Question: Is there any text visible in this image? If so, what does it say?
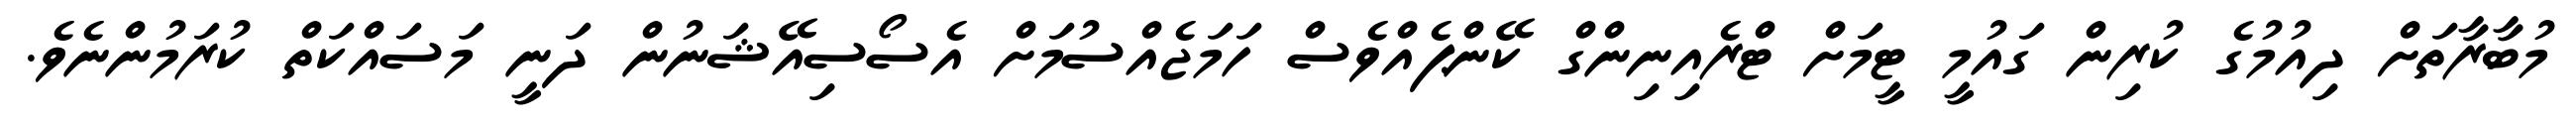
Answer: މުބާރާތަށް ދިއުމުގެ ކުރިން ގައުމީ ޓީމަށް ޓްރެއިނިންގް ކޭންޕެއްވެސް ހަމަޖެއްސުމަށް އެސޯސިއޭޝަނުން ދަނީ މަސައްކަތް ކުރަމުންނެވެ.